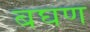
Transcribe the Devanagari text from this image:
बघण